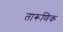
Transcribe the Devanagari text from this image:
तारूणिक